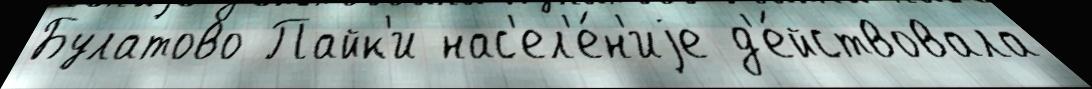
Булатово Пайк'и нас'ел'е́н'иjе д'е́йствовала